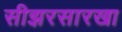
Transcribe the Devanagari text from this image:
सीझरसारखा